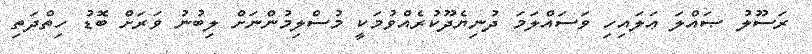
ރަސޫލު ޞައްލަ ޢަލައިހި ވަސައްލަމަ ދުނިޔެދޫކުރެއްވުމަކީ މުސްލިމުންނަށް ލިބުނު ވަރަށް ބޮޑު ހިތްދަތި